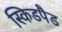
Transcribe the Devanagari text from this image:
स्किडपैड